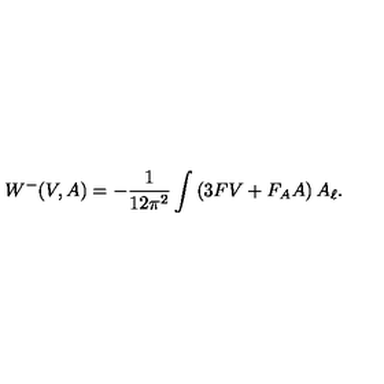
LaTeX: W ^ { - } ( V , A ) = - \frac { 1 } { 1 2 \pi ^ { 2 } } \int \left( 3 F V + F _ { A } A \right) A _ { \ell } .